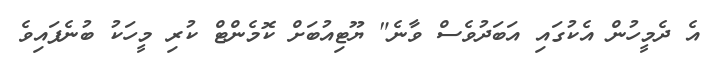
އެ ދެމީހުން އެކުގައި އަބަދުވެސް ވާނެ" ޔޫޓިއުބަށް ކޮމެންޓް ކުރި މީހަކު ބުނެފައިވެ